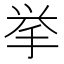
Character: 挙